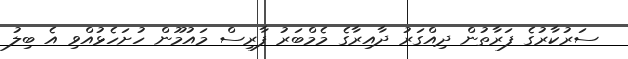
ސަރުކާރުގެ ފަރާތުން ދިއްގަރު ދާއިރާގެ މެމްބަރު ފާރިސް މައުމޫން ހުށަހެޅުއްވި އެ ބިލު